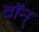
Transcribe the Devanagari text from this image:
वॉन्